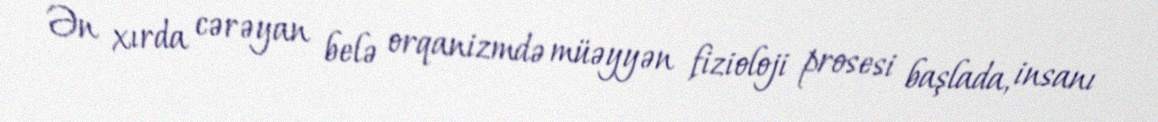
Ən xırda cərəyan belə orqanizmdə müəyyən fizioloji prosesi başlada, insanı